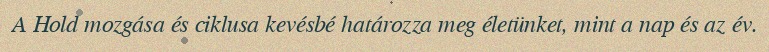
A Hold mozgása és ciklusa kevésbé határozza meg életünket, mint a nap és az év.